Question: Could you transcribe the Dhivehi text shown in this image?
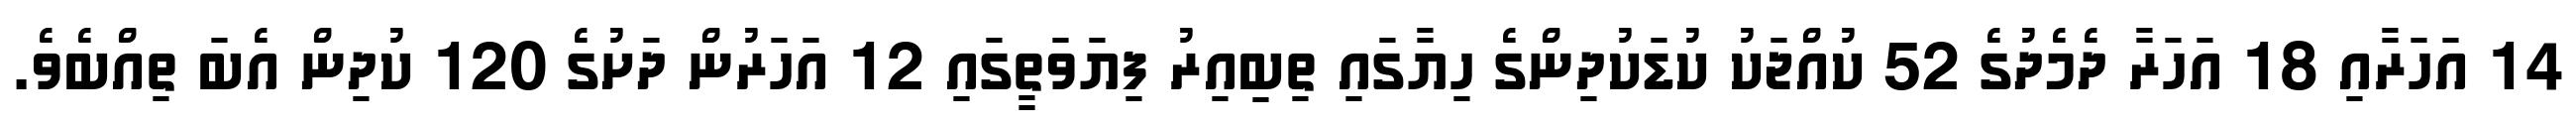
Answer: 14 އަހަރާއި 18 އަހަރާ ދެމެދުގެ 52 ކުއްޖަކު ކުޑަކުދިންގެ ހިޔާގައި ތިބިއިރު ފިޔަވަތީގައި 12 އަހަރުން ދަށުގެ 120 ކުދިން އެބަ ތިއްބެވެ.